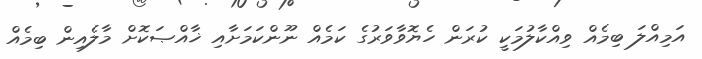
އަމިއްލަ ބިމެއް ވިއްކާލުމަކީ ކުރަން ހެޔޮވާވަރުގެ ކަމެއް ނޫންކަމަށާއި ޚާއްޞަކޮށް މާލެއިން ބިމެއް